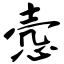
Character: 悫